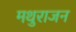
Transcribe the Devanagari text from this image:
मथुराजन